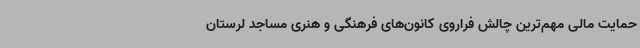
حمایت مالی مهم‌ترین چالش فراروی کانون‌های فرهنگی و هنری مساجد لرستان